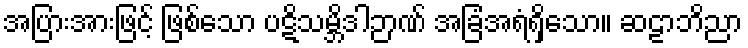
အပြားအားဖြင့် ဖြစ်သော ပဋိသမ္ဘိဒါဉာဏ် အခြံအရံရှိသော။ ဆဠာဘိညာ